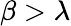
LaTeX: \beta>\lambda